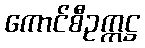
ကောင်စီဥက္ကဋ္ဌ